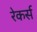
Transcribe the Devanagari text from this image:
रेकर्स